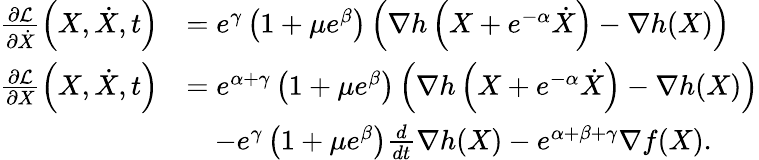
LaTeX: \begin{array}{rl}{\frac{\partial\mathcal{L}}{\partial\dot{X}}\left(X,\dot{X},t\right)}&{=e^{\gamma}\left(1+\mu e^{\beta}\right)\left(\nabla h\left(X+e^{-\alpha}\dot{X}\right)-\nabla h(X)\right)}\\ {\frac{\partial\mathcal{L}}{\partial X}\left(X,\dot{X},t\right)}&{=e^{\alpha+\gamma}\left(1+\mu e^{\beta}\right)\left(\nabla h\left(X+e^{-\alpha}\dot{X}\right)-\nabla h(X)\right)}\\ &{\quad-e^{\gamma}\left(1+\mu e^{\beta}\right)\frac{d}{dt}\nabla h(X)-e^{\alpha+\beta+\gamma}\nabla f(X).}\end{array}